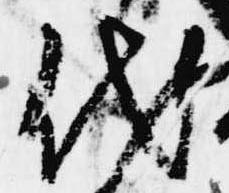
代